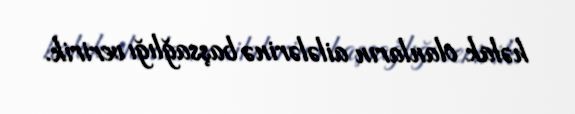
həlak olanların ailələrinə başsağlığı veririk.